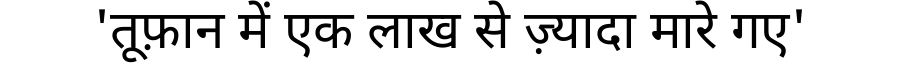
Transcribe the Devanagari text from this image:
'तूफ़ान में एक लाख से ज़्यादा मारे गए'